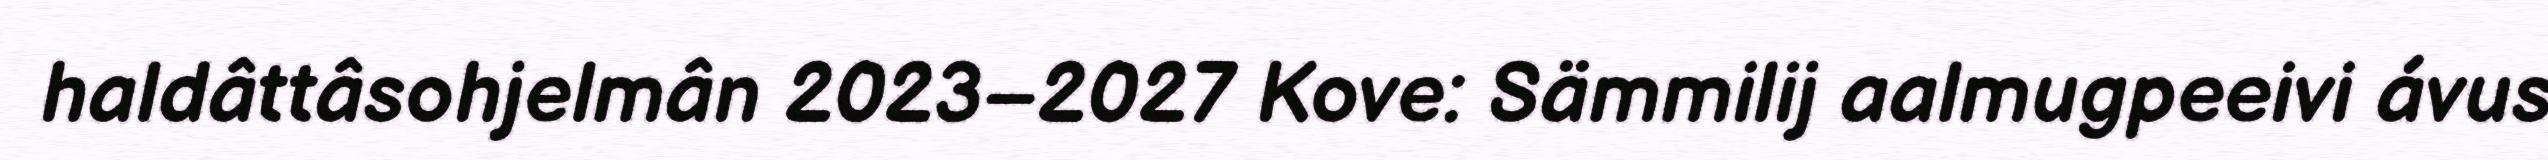
haldâttâsohjelmân 2023–2027 Kove: Sämmilij aalmugpeeivi ávus